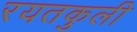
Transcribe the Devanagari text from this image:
रयतकुली